Civil Veterinary Dept. Bombay admin report 1907-1913 - 1907-1913
Year: 1907
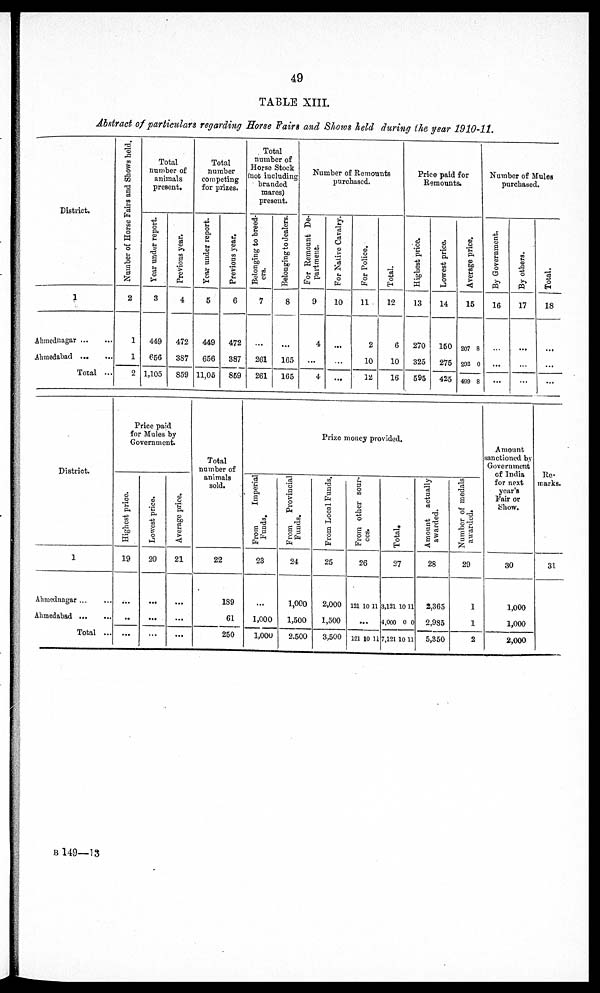
49
TABLE XIII.
Abstract of particulars regarding Horse Fairs and Shows held during (he year 1910-11.
District.
1
Ahmednagar ... ...
Ahmedabad
...
...
Total ...
Number of Horse Fairs and Shows held.
2
1
1
2
Total
number of
animals
present.
Tear under report.
3
449
666
1,105
Previous year.
4
472
387
859
Total
number
competing
for prizes.
Year under report.
5
449
666
11,06
Previous year.
6
472
387
869
Total
number of
Horse Stock
(not including
branded
mares)
present.
Belonging to breed-
era.
7
...
261
261
Belonging to dealers.
8
...
165
165
Number of Remounts
purchased.
For Remount De-
partment.
9
4
...
4
For Native Cavalry.
10
...
...
...
For Police.
11
2
10
12
Total.
12
6
10
16
Price paid for
Remounts.
Highest price.
13
270
325
595
Lowest price.
14
160
275
425
Average price.
16
207 8
202 0
499 8
Number of Mules
purchased.
By Government,
16
...
...
...
By others.
17
...
...
...
Total.
18
...
...
...
District.
1
Ahmednagar ... ...
Ahmedabad
...
...
Total ...
Price paid
for Mules by
Government.
Highest price
19
...
...
...
Lowest price.
20
...
...
...
Average price.
21
...
...
...
Total
number of
animals
sold.
22
189
61
250
Prize
money pro
vided.
From
Imperial
Funds,
28
...
1,000
1,000
From
Provincial
Funds.
24
1,000
1,500
2.500
From Local Funds.
25
2,000
1,500
8,500
From other sour-
ces.
26
121 10 11
...
121 10 11
Total.
27
3,131 10 11
4,000 0 0
7,121 10 11
Amount actually
awarded.
28
2,365
2,993
5,850
Number
of medals
awarded.
29
1
1
2
Amount
sanctioned by
Government
of India
for next
year's
Fair or
Show.
30
1,000
1,000
2,000
Re-
marks.
31
B 149—13